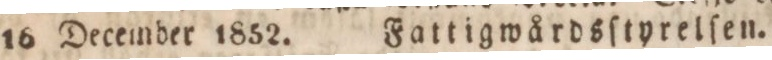
16 December 1852.    Fattigwårdsſtyrelſen.